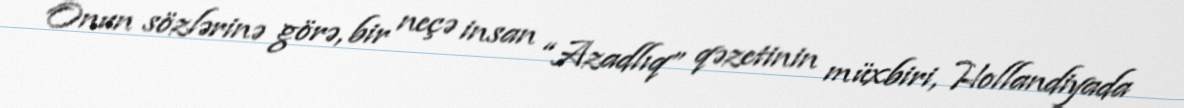
Onun sözlərinə görə, bir neçə insan “Azadlıq” qəzetinin müxbiri, Hollandiyada